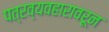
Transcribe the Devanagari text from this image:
पत्रव्यवहारावरून